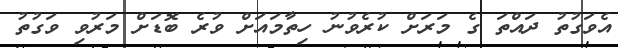
އެވަގުތު ދައްތަ ގެ މަރަށް ކުރެވުނު ހިތާމައަށް ވުރެ ބޮޑަށް މަރުވި ވަގުތު